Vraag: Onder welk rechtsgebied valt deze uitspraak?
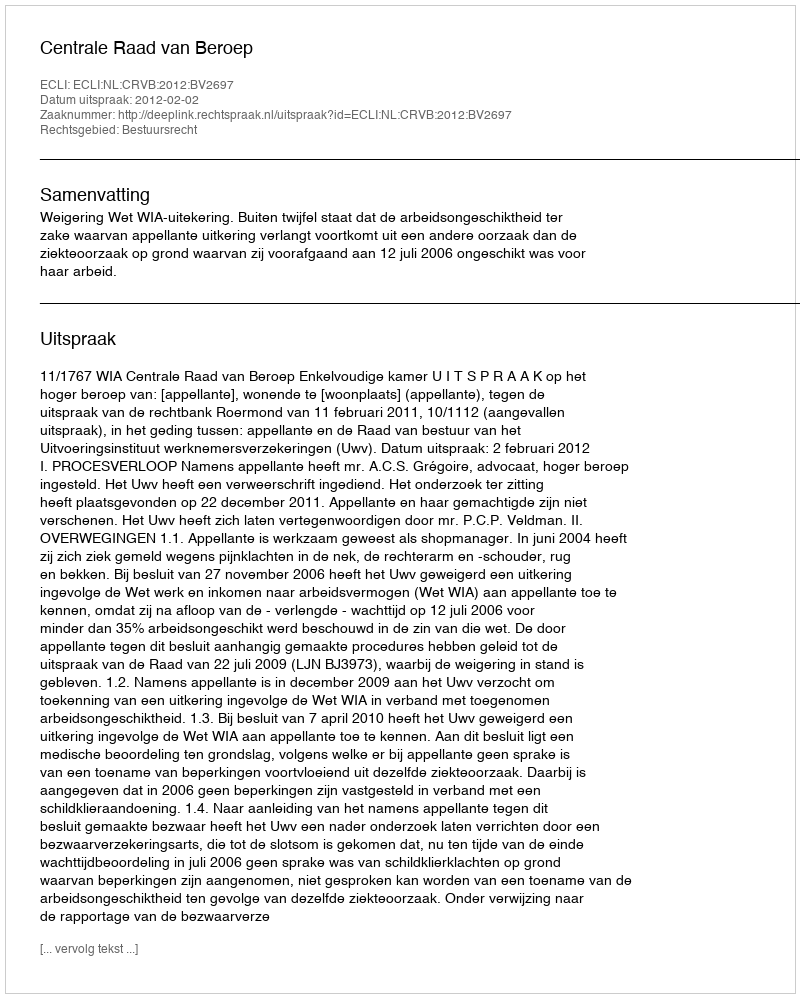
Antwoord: Bestuursrecht